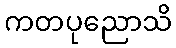
ကတပုညောသိ